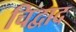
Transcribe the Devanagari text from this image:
चिद्वाद